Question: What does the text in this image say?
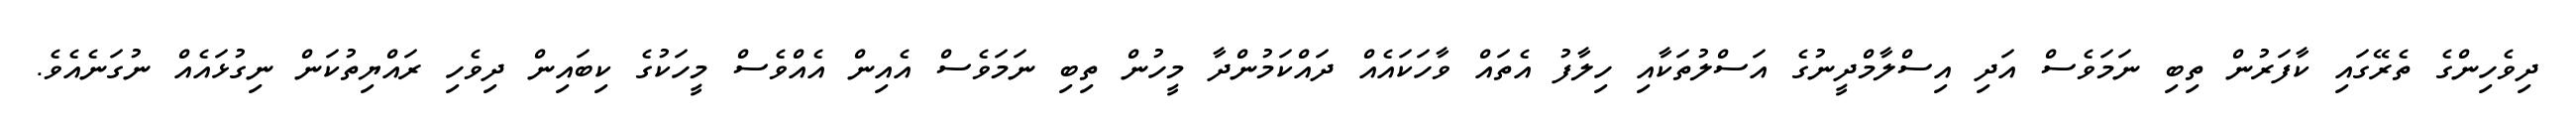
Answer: ދިވެހިންގެ ތެރޭގައި ކާފަރުން ތިބި ނަމަވެސް އަދި އިސްލާމްދީނުގެ އަސްލުތަކާއި ހިލާފު އެތައް ވާހަކައެއް ދައްކަމުންދާ މީހުން ތިބި ނަމަވެސް އެއިން އެއްވެސް މީހަކުގެ ކިބައިން ދިވެހި ރައްޔިތުކަން ނިގުޅައެއް ނުގަނެއެވެ.